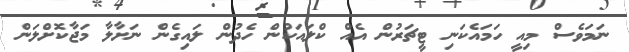
ނަމަވެސް މިއީ ހަމައެކަނި ޓީޗަރުން އެއް ކްލައަކުން ހެދުން ލައިގެން ނަށާލާ މަޖާކޮށްލަން